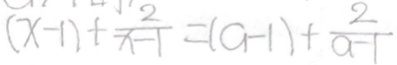
( x - 1 ) + \frac { 2 } { x - 1 } = ( a - 1 ) + \frac { 2 } { a - 1 }